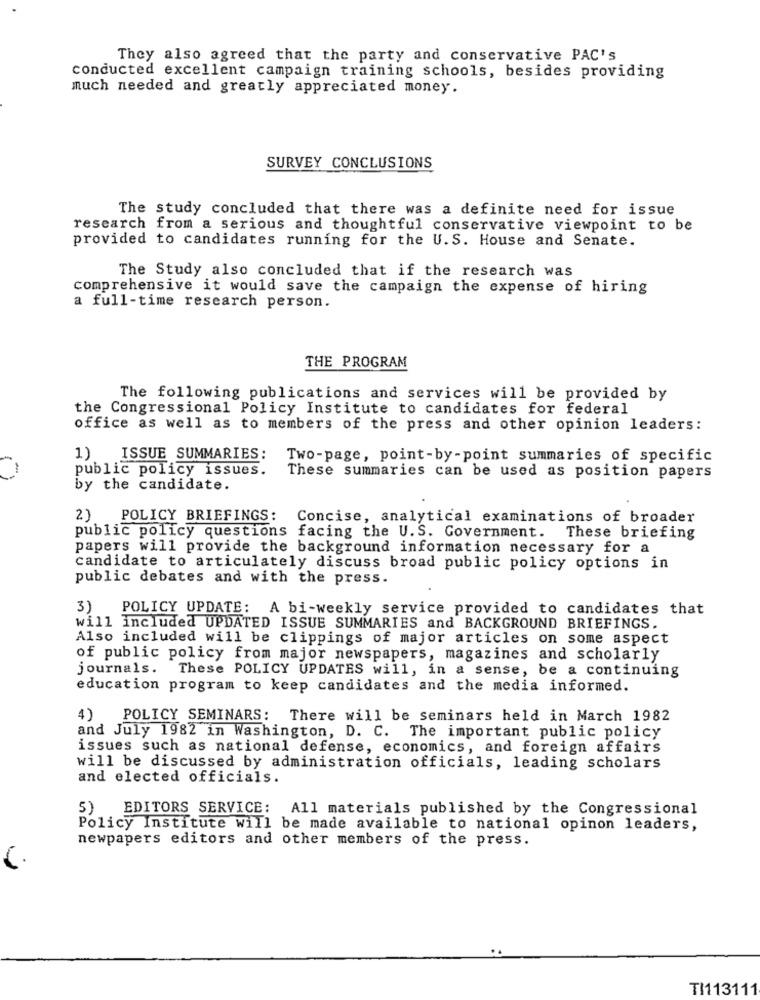
They also agreed that the party and conservative PAC's
conducted excellent campaign training schools, besides providing
much needed and greatly appreciated money.
SURVEY CONCLUSIONS
The study concluded that there was a definite need for issue
research from a serious and thoughtful conservative viewpoint to be
provided to candidates running for the U. S. House and Senate.
The Study also concluded that if the research was
comprehensive it would save the campaign the expense of hiring
a full-time research person.
THE PROGRAM
The following publications and services will be provided by
the Congressional Policy Institute to candidates for federal
office as well as to members of the press and other opinion leaders:
1) ISSUE SUMMARIES:
Two-page, point-by-point summaries of specific
public policy issues.
These summaries can be used as position papers
by the candidate.
2) POLICY BRIEFINGS:
Concise, analytical examinations of broader
public policy questions facing the U.S. Government.
These briefing
papers will provide the background information necessary for a
candidate to articulately discuss broad public policy options in
public debates and with the press.
3) POLICY UPDATE: A bi-weekly service provided to candidates that
will included UPDATED ISSUE SUMMARIES and BACKGROUND BRIEFINGS.
Also included will be clippings of major articles on some aspect
of public policy from major newspapers, magazines and scholarly
journals. These POLICY UPDATES will, in a sense, be a continuing
education program to keep candidates and the media informed.
4)
POLICY SEMINARS: There will be seminars held in March 1982
and July 1982 in Washington, D. C. The important public policy
issues such as national defense, economics, and foreign affairs
will be discussed by administration officials, leading scholars
and elected officials.
5) EDITORS SERVICE: All materials published by the Congressional
Policy Institute will be made available to national opinon leaders,
newpapers editors and other members of the press.
TI113111